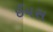
ઈયસ